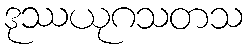
ဒုဿယုဂသတသ